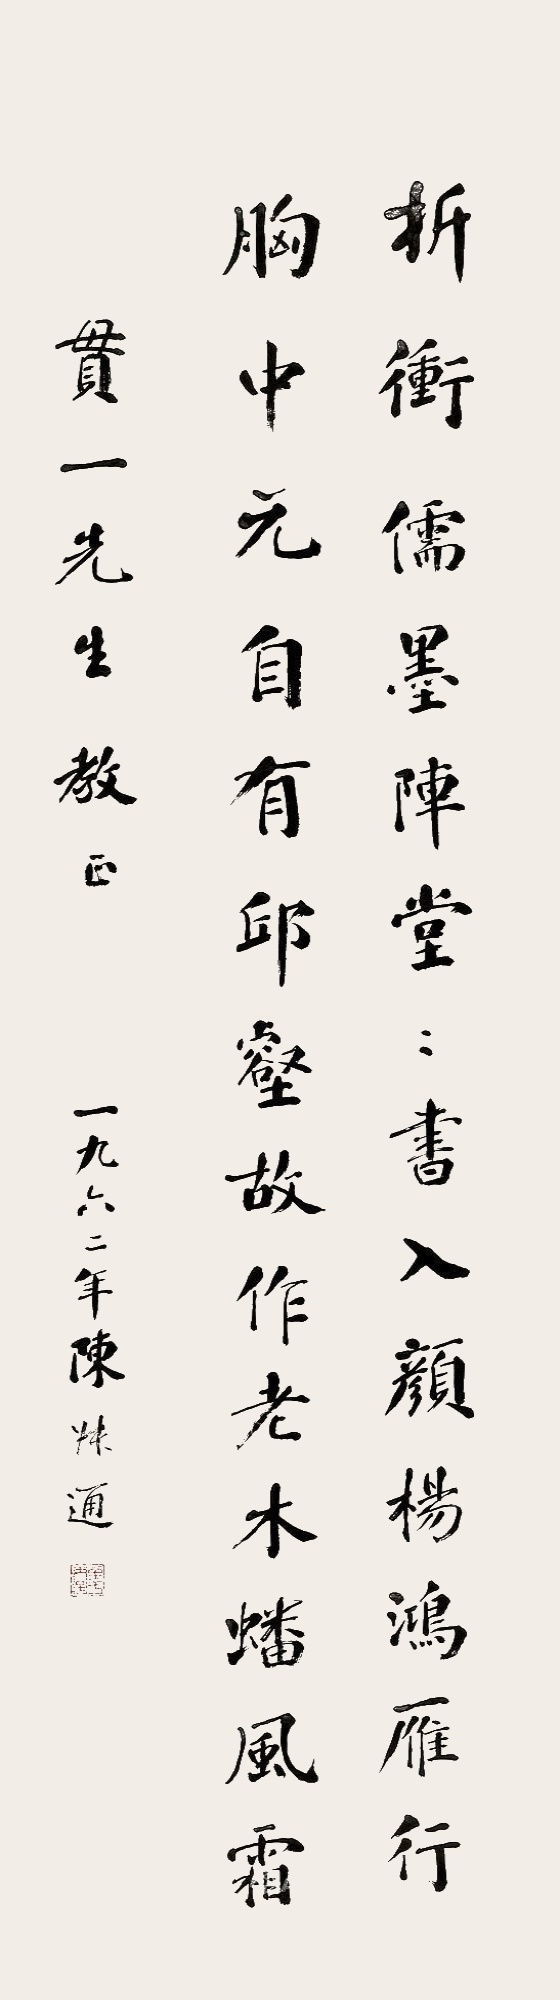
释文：折冲儒墨阵堂堂，书入颜杨鸿雁行。胸中元自有丘壑，故作老木蟠风霜。贯一先生教正，一九六二年陈叔通。